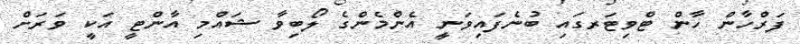
ފަރްހާން ހާން ޓްވިޓަރގައި ބުނެފައިވަނީ އެންމެންގެ ލޯބިވާ ޝައްމި އާންޓީ އަކީ ވަރަށް